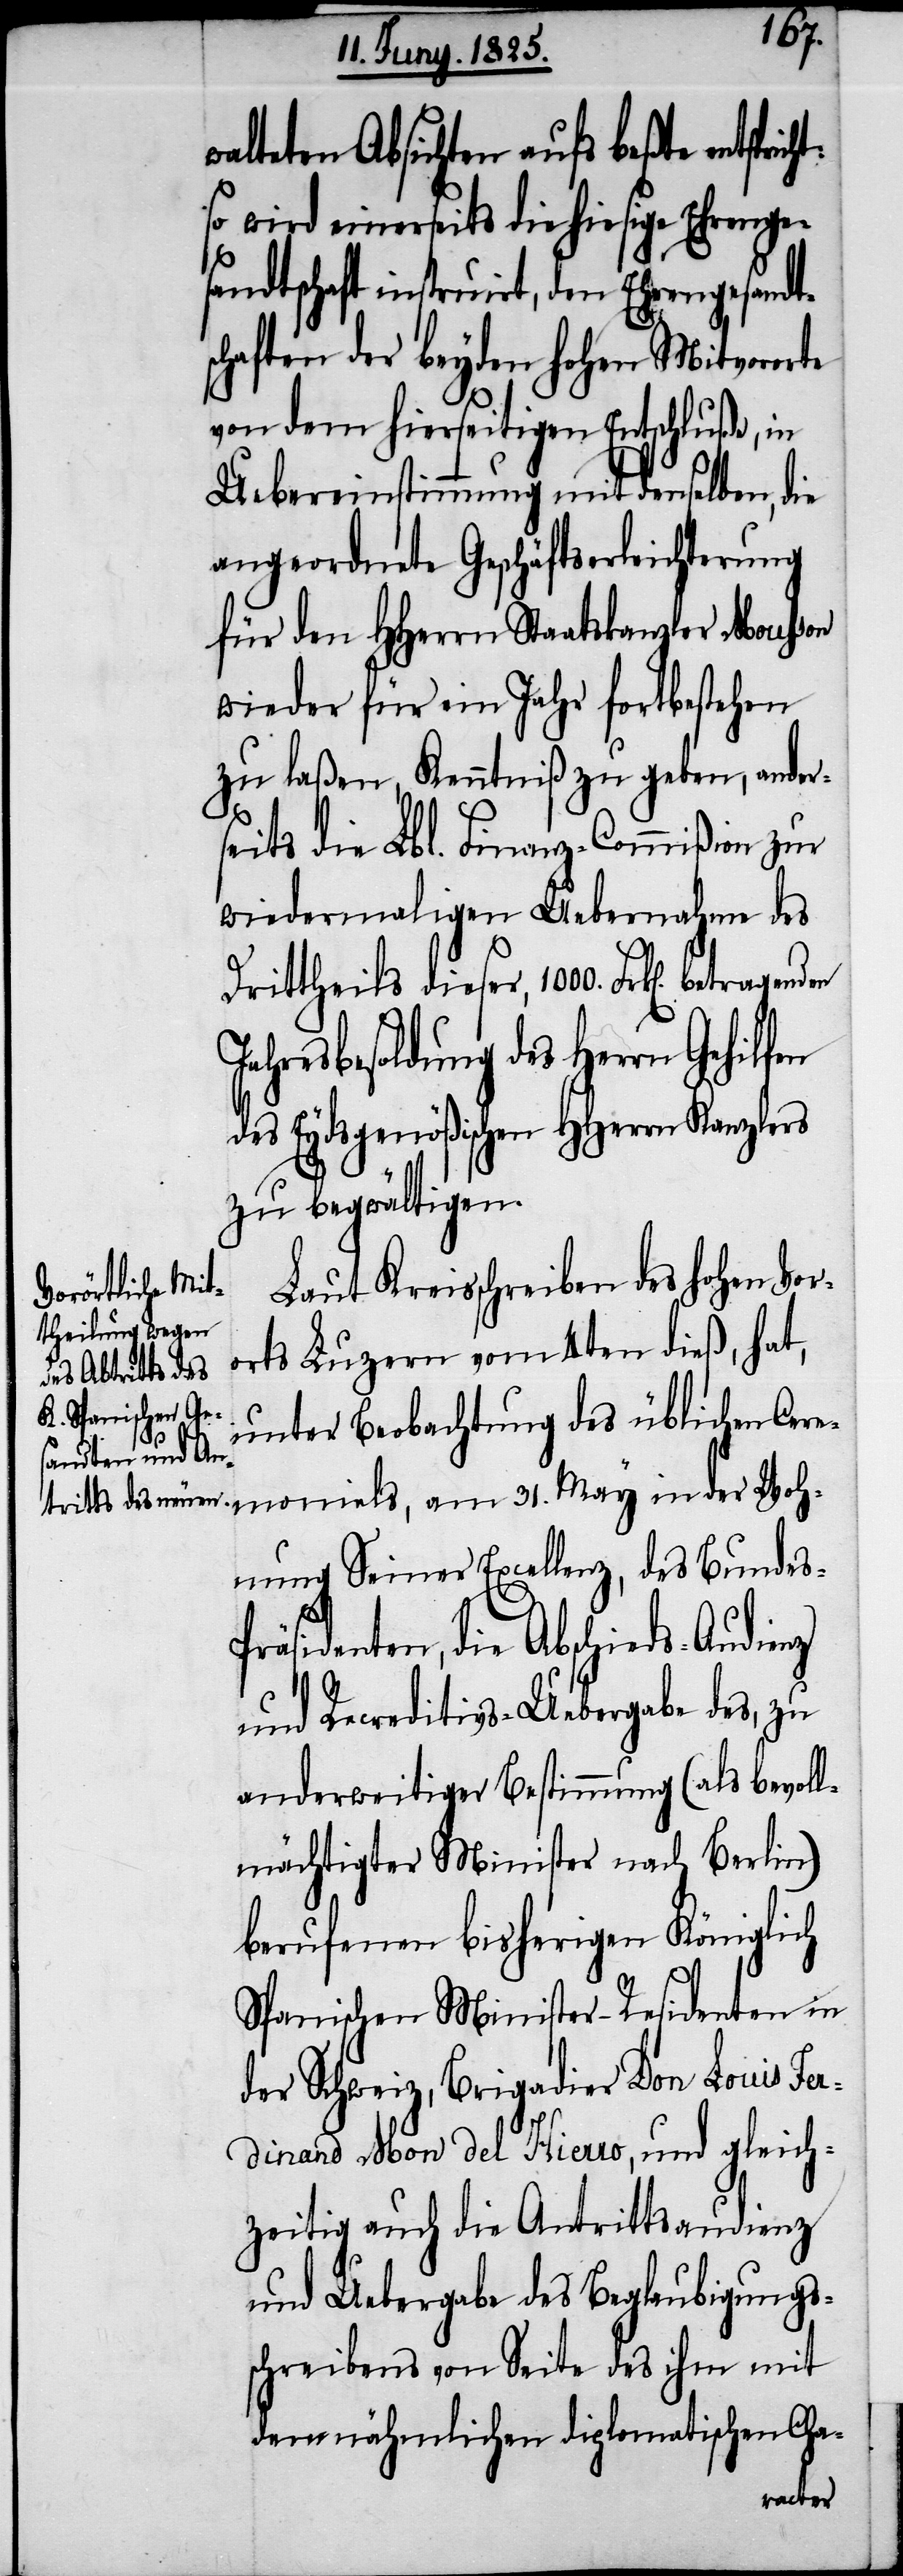
walteten Absichten aufs beßte ents¬
so wird einerseits die hiesige Ehrenge¬
sandtschaft instruirt, den Ehrengesandt¬
schaften der beyden hohen Mitvororte
von dem hierseitigen Entschluße, in
Uebereinstimmung mit denselben, die
angeordnete Geschäftserleichterung
für den HHerrn Staatskanzler Mousson
wieder für ein Jahr fortbestehen
zu laßen, Kenntniß zu geben, ander¬
seits die Lbl. Finanz-Commißion zur
wiedermaligen Uebernahme des
Drittheils dieser, 1000. Frk[en].
Jahresbesoldung des Herrn Gehilfen
des Eydsgenößischen HHerrn Kanzlers
zu begwältigen.
Laut Kreisschreiben des hohen Vor¬
orts Luzern vom 4ten dieß, hat,
unter Beobachtung des üblichen Cere¬
monials, am 31. May in der Woh¬
nung Seiner Excellenz, des Bundes-P¬
räsidenten, die Abschieds-Audienz
und Recreditivs-Uebergabe des, zu
anderweitiger Bestimmung (als bevoll¬
mächtigter Minister nach Berlin)
berufenen bisherigen Königlich
Spanischen Minister-Residenten in
der Schweiz, Brigadier Don Louis Fer¬
dinand Mon del Hierro, und gleich¬
zeitig auch die Antrittsaudienz
und Uebergabe des Beglaubigungs¬
schreibens von Seite des ihm mit
dem nähmlichen diplomatischen Cha-
genden